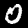
Digit: 0